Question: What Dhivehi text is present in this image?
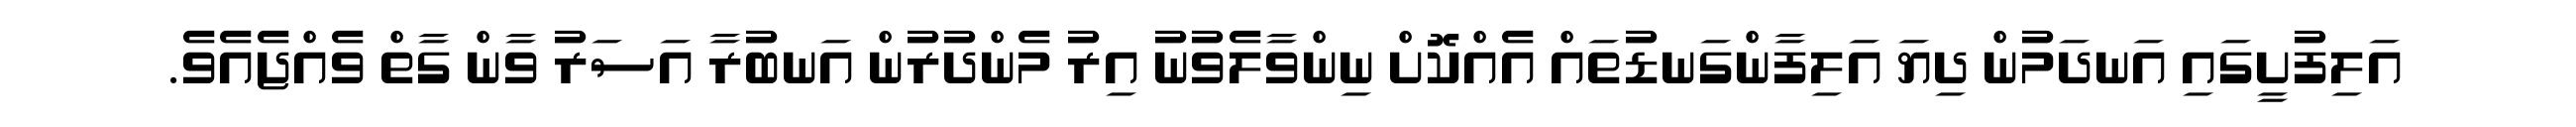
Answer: އަލިފުށީގައި އަނދަމުން ދިޔަ އަލިފާންގަނޑުތައް އެއްކޮށް ނިންވާލެވުނު އިރު މެންދުރުން އަނބުރާ އަސަރު ވާން ގާތް ވެއްޖެއެވެ.